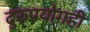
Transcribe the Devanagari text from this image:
दुरुपयोगही